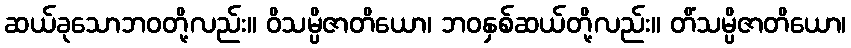
ဆယ်ခုသောဘဝတို့လည်း။ ဝိသမ္ပိဇာတိယော၊ ဘဝနှစ်ဆယ်တို့လည်း။ တိံသမ္ပိဇာတိယော၊